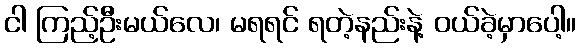
ငါ ကြည့်ဦးမယ်လေ၊ မရရင် ရတဲ့နည်းနဲ့ ဝယ်ခဲ့မှာပေါ့။